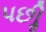
પછીૢ